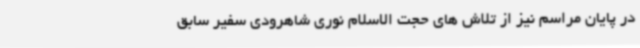
در پایان مراسم نیز از تلاش های حجت الاسلام نوری شاهرودی سفیر سابق